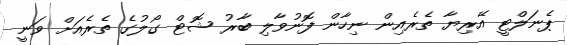
ޕެނަލްޓީ އޭރިޔާ ތެރެއިން ނިހާން ފޮނުވާލި ބާރު ޝޮޓް ގޯލުގެ ތެރެއަށް ވަނީ